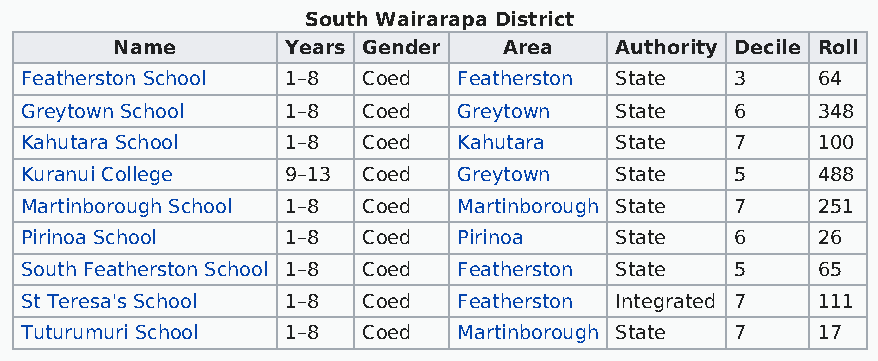
South Wairarapa District
 Name       Years Gender  Area    Authority Decile Roll
 Featherston School 1–8 Coed  Featherston State  3    64
 Greytown School   1–8  Coed  Greytown   State   6    348
 Kahutara School   1–8  Coed  Kahutara   State   7    100
 Kuranui College   9–13 Coed  Greytown   State   5    488
 Martinborough School 1–8 Coed Martinborough State 7  251
 Pirinoa School    1–8  Coed  Pirinoa    State   6    26
 South Featherston School 1–8 Coed Featherston State 5 65
 St Teresa's School 1–8 Coed  Featherston Integrated 7 111
 Tuturumuri School 1–8  Coed  Martinborough State 7   17